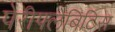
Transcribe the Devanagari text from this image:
पेरीफ्लेबिटिस